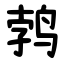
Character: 鹁